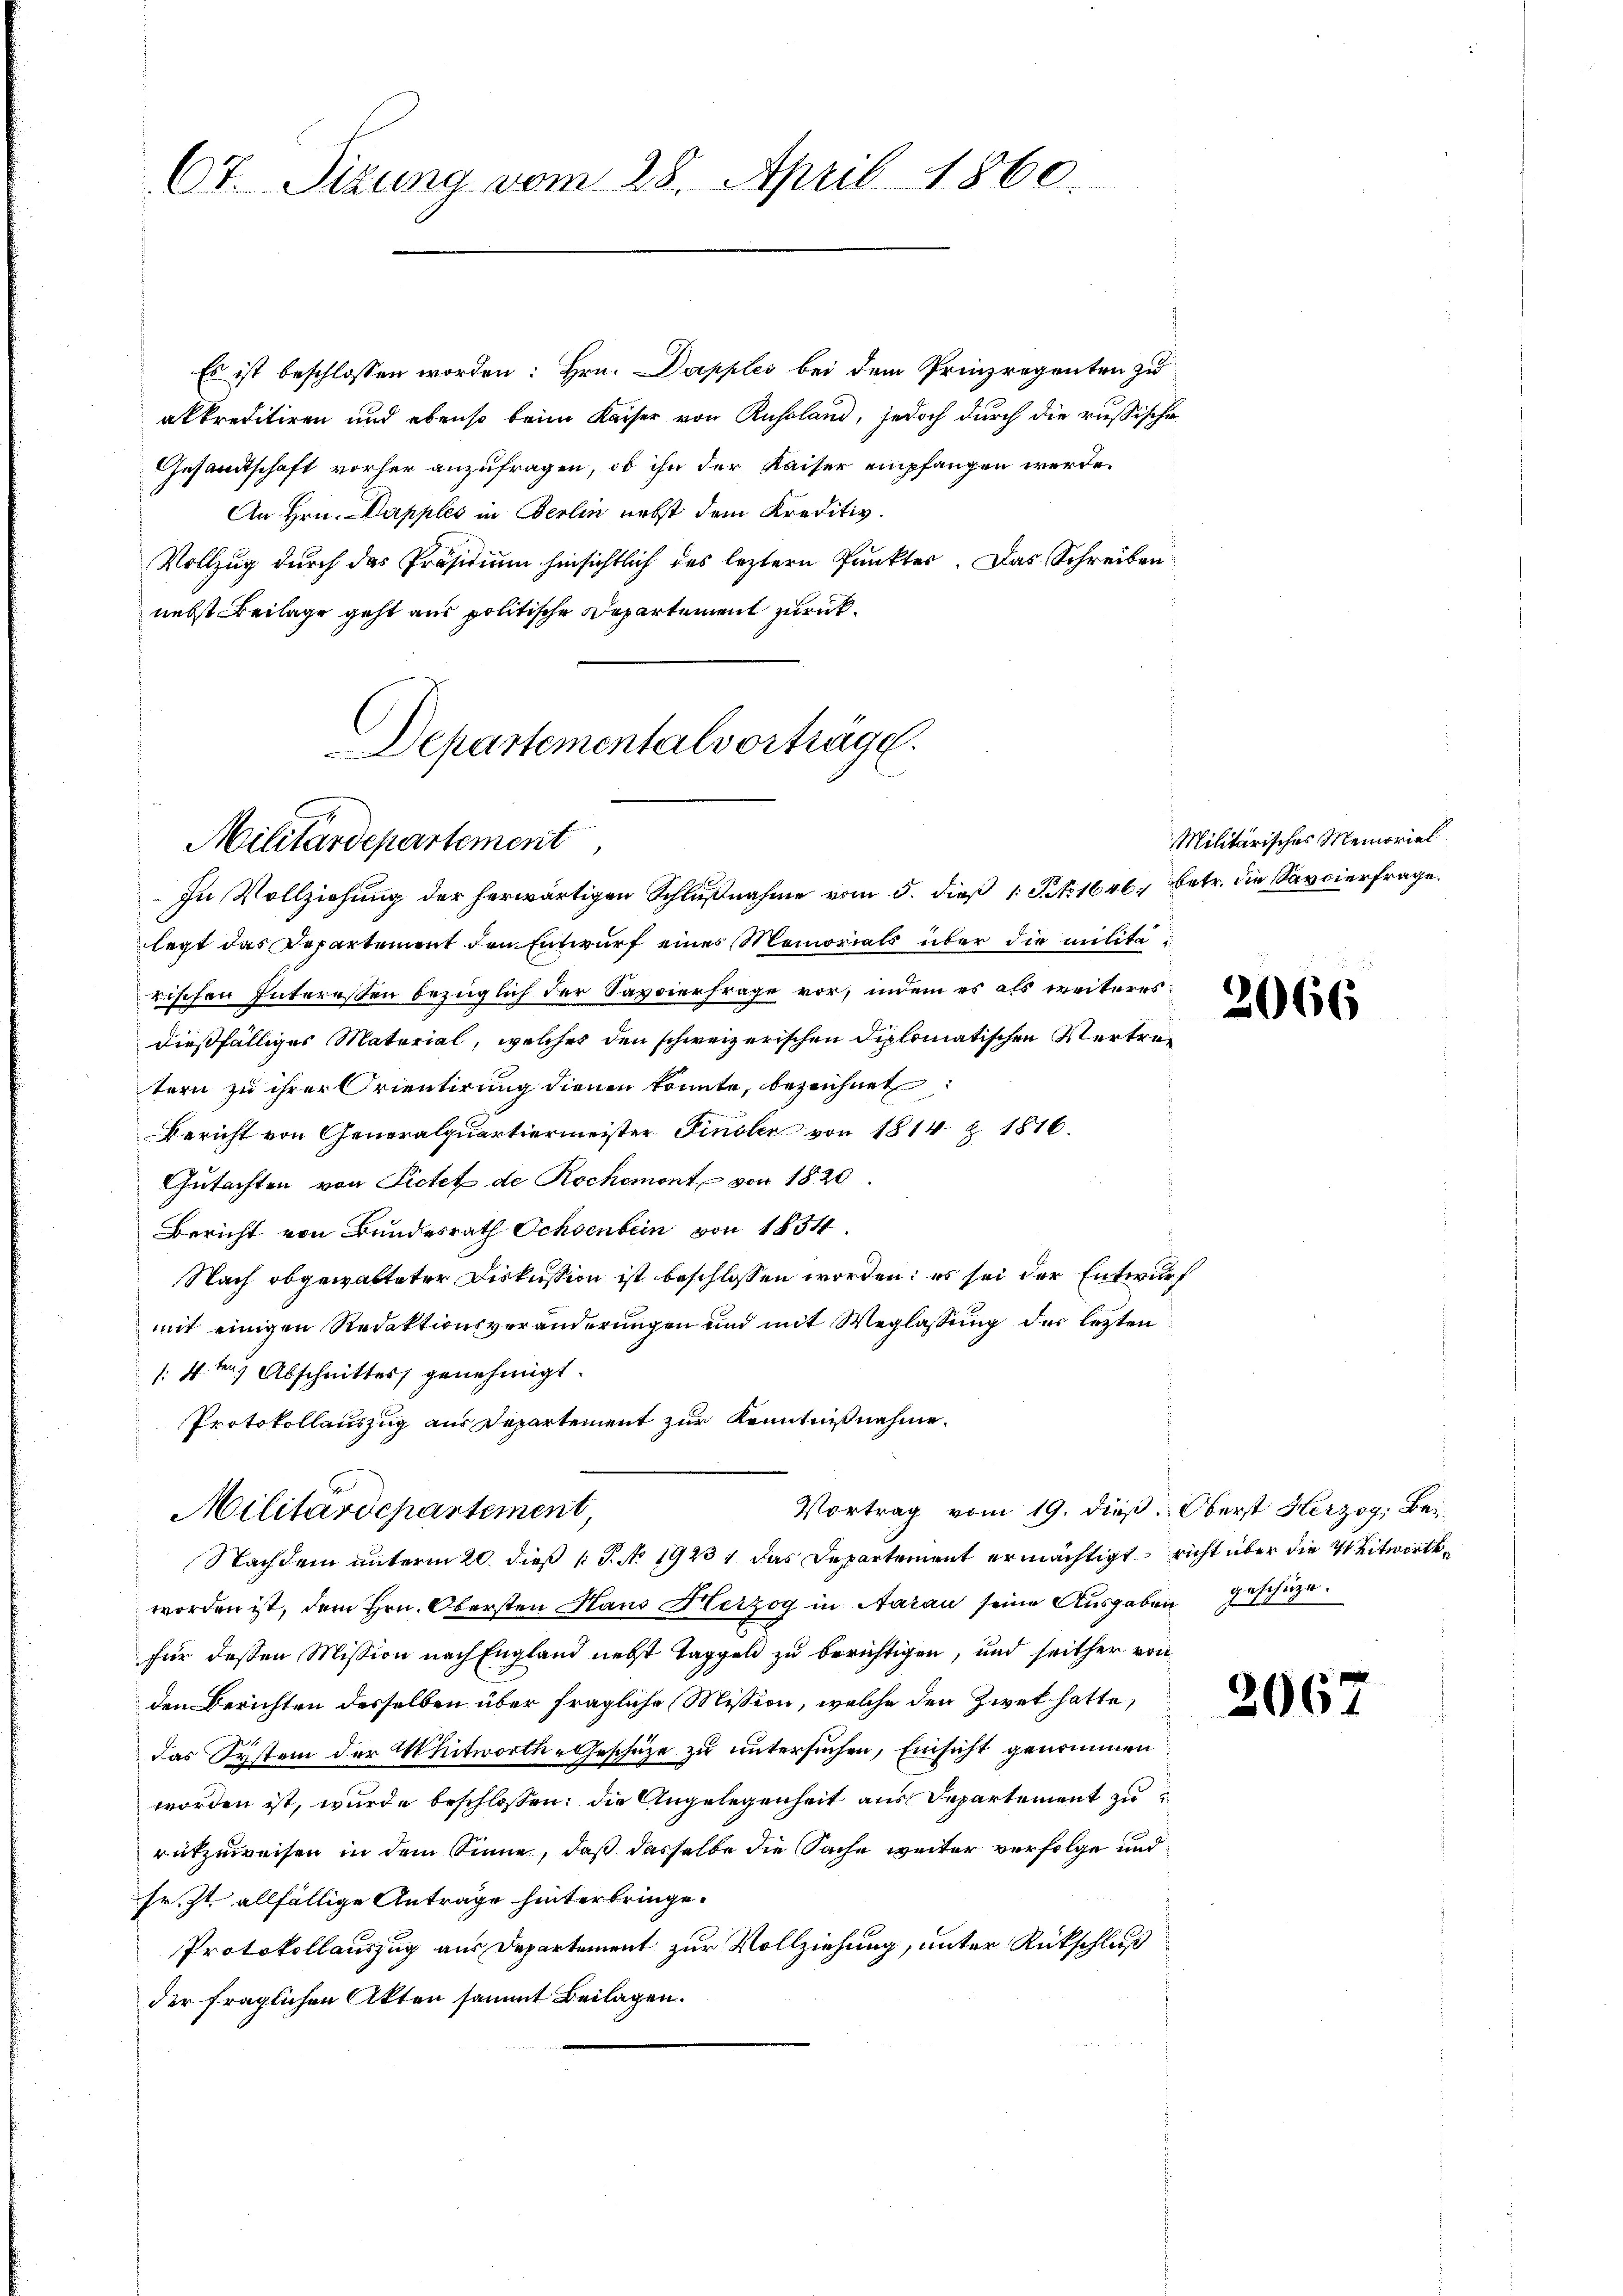
67. Sizung vom 28. April 1860

Es ist beschlossen worden: Hrn. Dapples bei dem Prinzregenten zu
akkreditiren und ebenso beim Kaiser von Russland, jedoch durch die russische
Gesandtschaft vorher anzufragen, ob ihn der Kaiser empfangen werde.
An Hrn. Dapples in Berlin nebst dem Kreditiv.
Vollzug durch das Präsidium hinsichtlich des leztern Punkter. Das Schreiben
nebst Beilage geht aus politische Departement zurück¬
In Vollziehung der herwärtigen Schlußnahme vom 5. dieß 1 Pkt. 1646. betr. die Savoierfrage.
legt das Departement den Entwurf eines Memorials über die militai
rischen Interessen bezüglich der Savvierfrage vor, indem es als weiteresdießfälliges Material, welches den schweizerischen Diplomatischen Vertretern zu ihrer Orientirung dienen konnte, bezeichnet:
Bericht von Generalquartiermeister Finsler von 1814 Z 1816.
Gutachten von Pietet de Rochemont, von 1820.
Bericht von Bundesrath Ochsenbein von 1854
Nach obgewalteter Diskussion ist beschlossen worden: es sei der Entwurf
mit einigen Redaktionsveränderungen und mit Weglassung der lezten
/: 11ten Abschnittes genehmigt.
Protokollauszug aus Departement zur Kenntnißnahme.
Vortrag vom 19. dieß. Oberst Herzog, Bei¬
Militärdepartement,
Nachdem unterm 20. dieß P. N. 1923, das Departement ermächtigt, richt über die Mitwortsworden ist, dem Hrn. Obersten Haus Herzog in Aarau seine Ausgaben geschüze.
für dessen Mission nach England nebst Taggeld zu berichtigen, und seither von
den Berichten desselben über fragliche Mission, welche den Zwek hatte,
das System der Mitworth-Geschäze zu untersuchen, Einsicht genommen
worden ist, wurde beschlossen; die Angelegenheit aus Departement zu
rükzuweisen in dem Sinne, daß dasselbe die Sache weiter verfolge und
sr. Zt. allfällige Anträge hinterbringe.
Protokollauszug aus Departement zur Vollziehung, unter Rückschluß
der fraglichen Akten sammt Beilagen.

Departementalvorträge.
Militärdepartement

Militärisches Memorial

2066

2067